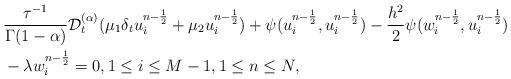
LaTeX: \begin{align*} &\frac{\tau^{-1}}{\Gamma(1-\alpha)}\mathcal{D}_t^{(\alpha)}( \mu_1 \delta_t u_i^{n-\frac{1}{2}}+\mu_2 u_i^{n-\frac{1}{2}})+\psi(u_i^{n-\frac{1}{2}},u_i^{n-\frac{1}{2}})-\frac{h^2}{2}\psi(w_i^{n-\frac{1}{2}},u_i^{n-\frac{1}{2}})\\ &-\lambda w_i^{n-\frac{1}{2}}=0,1\leq i \leq M-1,1\leq n\leq N, \end{align*}